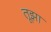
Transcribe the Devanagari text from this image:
तूझा